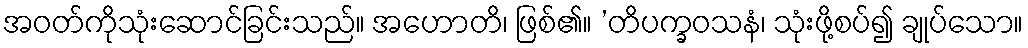
အဝတ်ကိုသုံးဆောင်ခြင်းသည်။ အဟောတိ၊ ဖြစ်၏။ ’တိပက္ခဝသနံ၊ သုံးဖို့စပ်၍ ချုပ်သော။